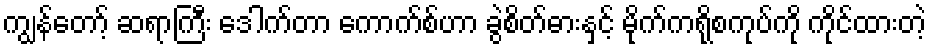
ကျွန်တော့် ဆရာကြီး ဒေါက်တာ ကောက်စ်ဟာ ခွဲစိတ်ဓားနှင့် မိုက်ကရိုစကုပ်ကို ကိုင်ထားတဲ့